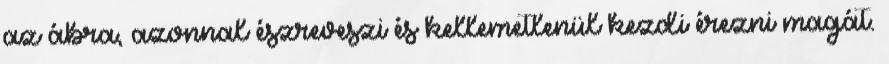
az ábra, azonnal észreveszi és kellemetlenül kezdi érezni magát.